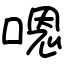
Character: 嗯